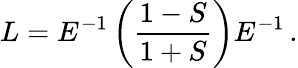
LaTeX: L=E^{-1}\left(\frac{1-S}{1+S}\right)E^{-1}\, .